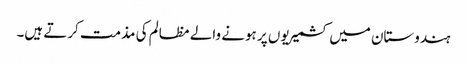
ہندوستان میں کشمیریوں پر ہونے والے مظالم کی مذمت کرتے ہیں۔